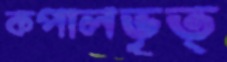
কপালভৃত্